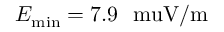
E _ { \mathrm { m i n } } = 7 . 9 ~ \mathrm { \ m u V / m }